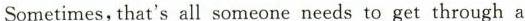
Sometimes,that's all someone needs to get through a